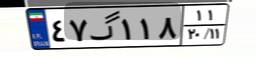
۴۷گ۱۱۸۱۱